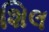
શિલ